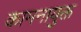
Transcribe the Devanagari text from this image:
कामनायुक्त